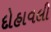
દોહાવલી